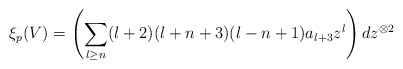
\begin{align*}\xi_p(V) = \left(\sum_{l \ge n}(l+2)(l+n+3)(l-n+1)a_{l+3}z^l\right)dz^{\otimes 2}\end{align*}